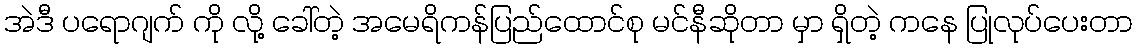
အဲဒီ ပရောဂျက် ကို လို့ ခေါ်တဲ့ အမေရိကန်ပြည်ထောင်စု မင်နီဆိုတာ မှာ ရှိတဲ့ ကနေ ပြုလုပ်ပေးတာ